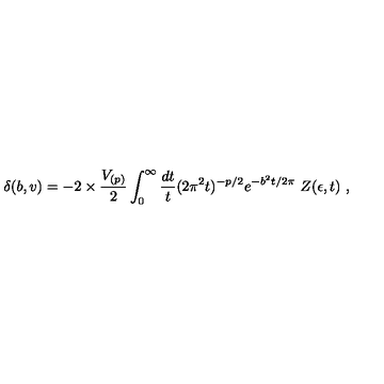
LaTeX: \delta ( b , v ) = - 2 \times { \frac { V _ { ( p ) } } { 2 } } \int _ { 0 } ^ { \infty } { \frac { d t } { t } } ( 2 \pi ^ { 2 } t ) ^ { - p / 2 } e ^ { - b ^ { 2 } t / 2 \pi } \ Z ( \epsilon , t ) \ ,